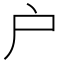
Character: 户